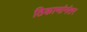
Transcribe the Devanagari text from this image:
ठिकाणांनंतर